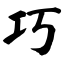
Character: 巧